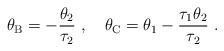
LaTeX: \begin{align*}\theta_{\rm B} = -\frac{\theta_2}{\tau_2}\ , \quad\theta_{\rm C} = \theta_1 - \frac{\tau_1 \theta_2}{\tau_2} \ .\end{align*}